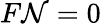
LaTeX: F\mathcal{N}=0